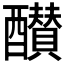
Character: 𨣵